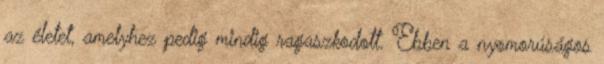
az életet, amelyhez pedig mindig ragaszkodott. Ebben a nyomorúságos